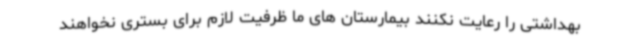
بهداشتی را رعایت نکنند بیمارستان های ما ظرفیت لازم برای بستری نخواهند